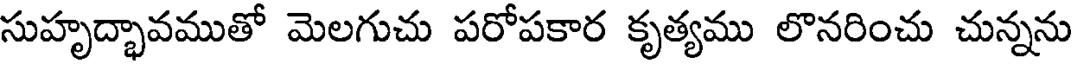
సుహృద్భావముతో మెలగుచు పరోపకార కృత్యము లొనరించు చున్నను